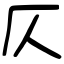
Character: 仄